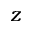
z